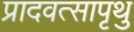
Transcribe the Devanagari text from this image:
प्रादवत्सापृथु